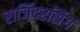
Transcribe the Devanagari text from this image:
राजिंदरसिंग